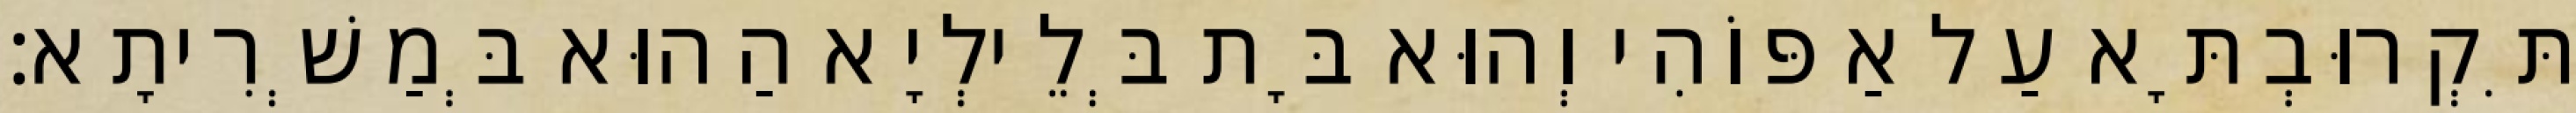
תִּקְרוּבְתָּא עַל אַפּוֹהִי וְהוּא בָּת בְּלֵילְיָא הַהוּא בְּמַשְׁרִיתָא׃